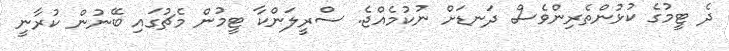
ދެ ޓީމުގެ ކުޅުންތެރިންވެސް ދަނޑަށް ނުކުމެއްޖެ. ސްރީލަންކާ ޓީމުން މެޗުގައި ބޭނުން ކުރާނީ